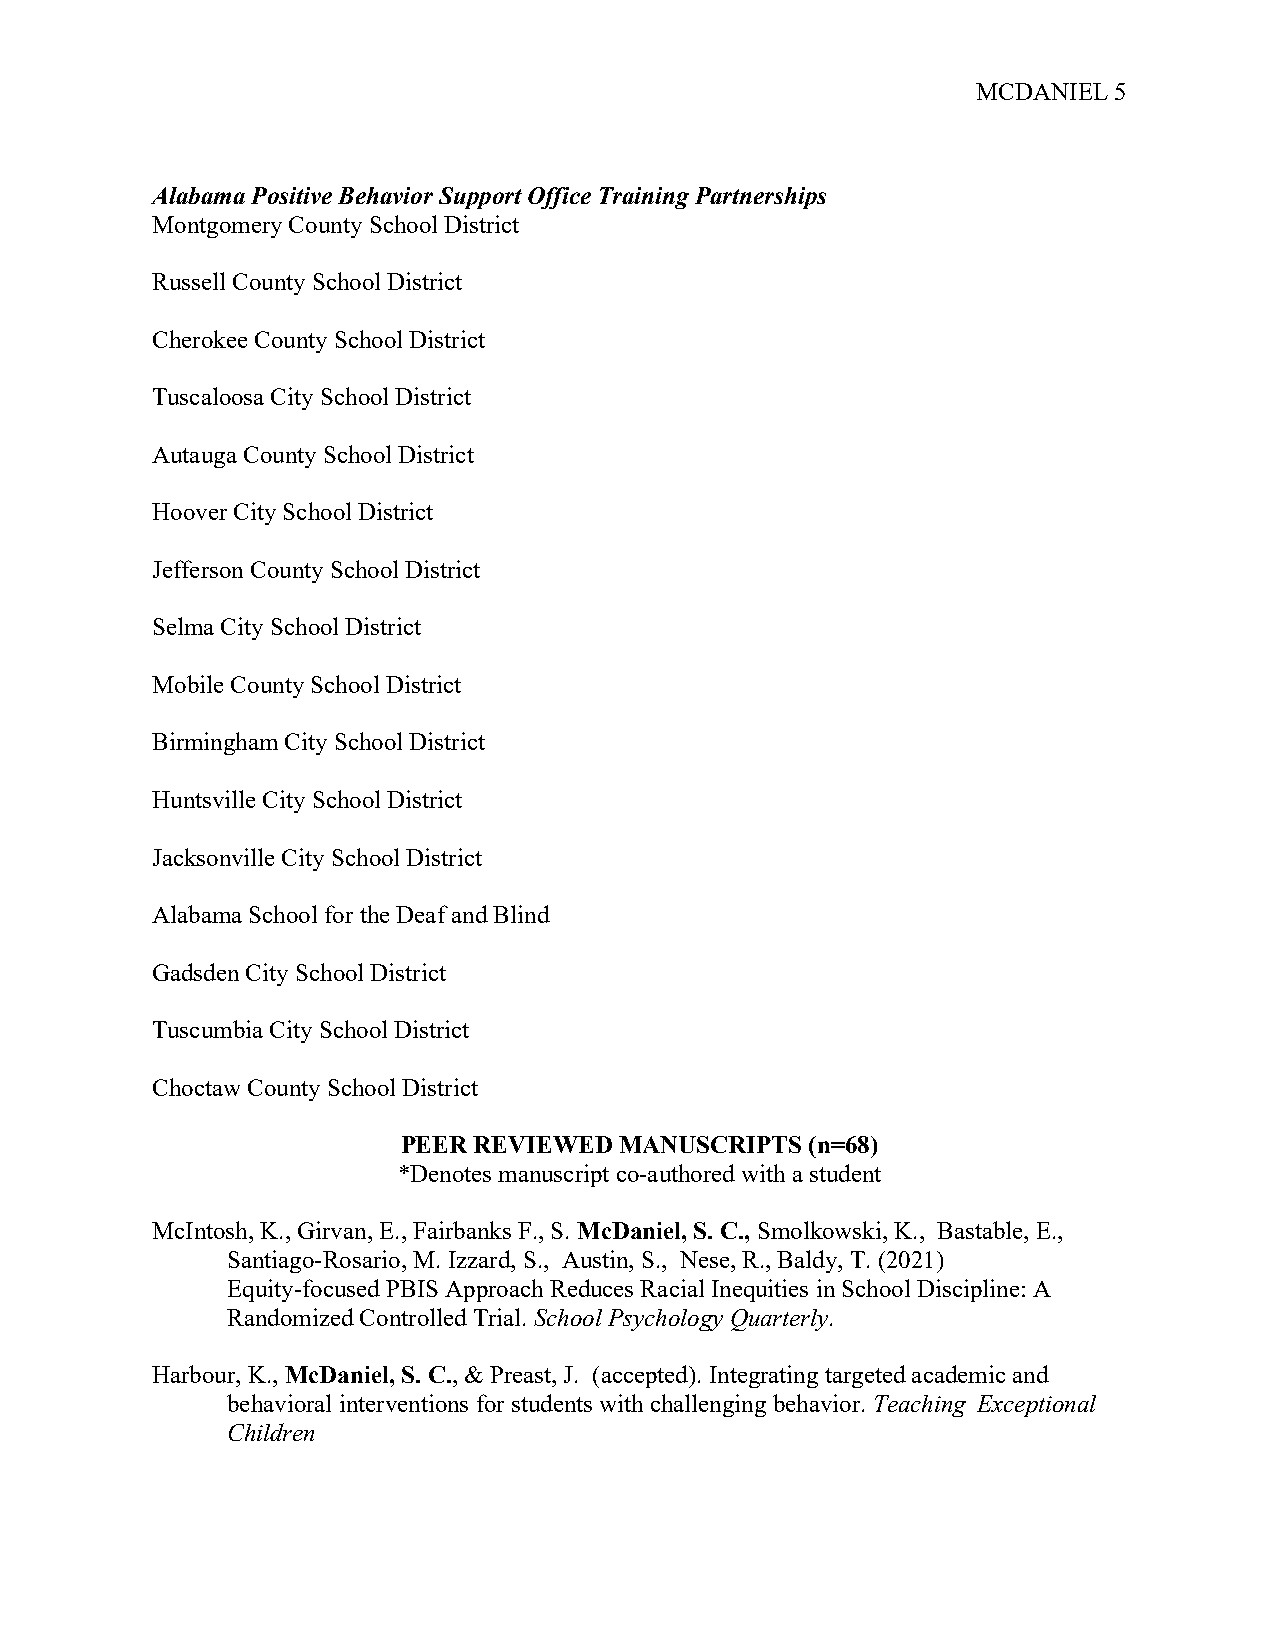
MCDANIEL 5
 Alabama Positive Behavior Support Office Training Partnerships
 Montgomery County School District
 Russell County School District
 Cherokee County School District
 Tuscaloosa City School District
 Autauga County School District
 Hoover City School District
 Jefferson County School District
 Selma City School District
 Mobile County School District
 Birmingham City School District
 Huntsville City School District
 Jacksonville City School District
 Alabama School for the Deaf and Blind
 Gadsden City School District
 Tuscumbia City School District
 Choctaw County School District
 PEER REVIEWED MANUSCRIPTS  (n=68)
 *Denotes manuscript co-authored with a student
 McIntosh, K., Girvan, E., Fairbanks F., S. McDaniel, S. C., Smolkowski, K., Bastable, E.,
 Santiago-Rosario, M. Izzard, S., Austin, S., Nese, R., Baldy, T. (2021)
 Equity-focused PBIS Approach Reduces Racial Inequities in School Discipline: A
 Randomized Controlled Trial. School Psychology Quarterly.
 Harbour, K., McDaniel, S. C., & Preast, J. (accepted). Integrating targeted academic and
 behavioral interventions for students with challenging behavior. Teaching Exceptional
 Children